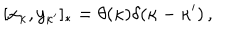
[ x _ { \kappa } , y _ { \kappa ^ { \prime } } ] _ { * } = \theta ( \kappa ) \delta ( \kappa - \kappa ^ { \prime } ) \, ,